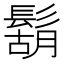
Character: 鬍